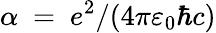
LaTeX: \alpha~=~e^{2}/(4\pi\varepsilon_{0}\hbar c)